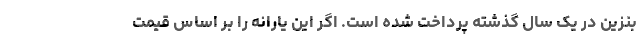
بنزین در یک سال گذشته پرداخت شده است. اگر این یارانه را بر اساس قیمت